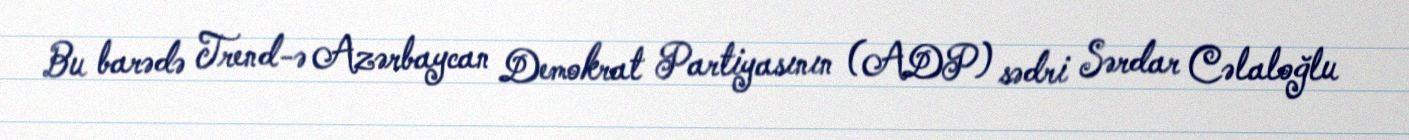
Bu barədə Trend-ə Azərbaycan Demokrat Partiyasının (ADP) sədri Sərdar Cəlaloğlu